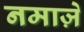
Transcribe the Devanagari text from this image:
नमाज़े